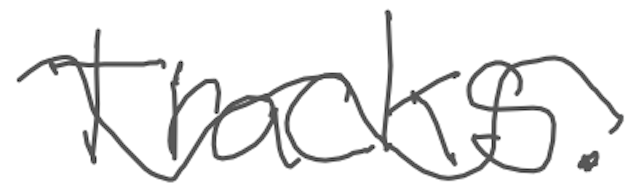
Text: tracks.
Cross-out: mix
Writing tool: digital_gray